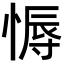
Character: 𢟹